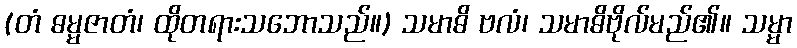
(တံ ဓမ္မဇာတံ၊ ထိုတရားသဘောသည်။) သမာဓိ ဗလံ၊ သမာဓိဗိုလ်မည်၏။ သမ္မာ